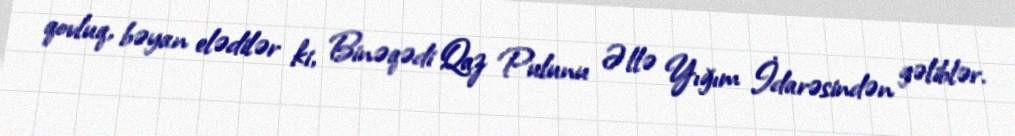
qovluq, bəyan elədilər ki, Binəqədi Qaz Pulunu Əllə Yığım İdarəsindən gəliblər.